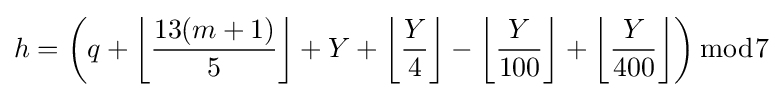
h=\left(q+\left\lfloor {\frac {13(m+1)}{5}}\right\rfloor +Y+\left\lfloor {\frac {Y}{4}}\right\rfloor -\left\lfloor {\frac {Y}{100}}\right\rfloor +\left\lfloor {\frac {Y}{400}}\right\rfloor \right){\bmod {7}}